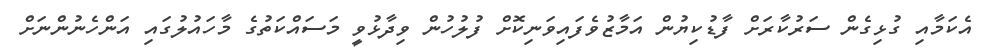
އެކަމާއި ގުޅިގެން ސަރުކާރަށް ފާޑުކިޔުން އަމާޒުވެފައިވަނިކޮށް ފުލުހުން ވިދާޅުވީ މަސައްކަތުގެ މާހައުލުގައި އަންހެނުންނަށް